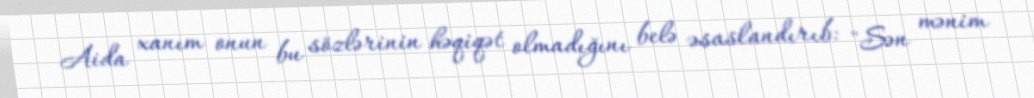
Aida xanım onun bu sözlərinin həqiqət olmadığını belə əsaslandırıb: "Sən mənim